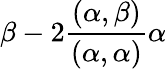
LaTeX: \beta-2\frac{(\alpha,\beta)}{(\alpha,\alpha)}\alpha